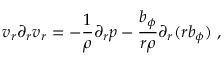
v _ { r } \partial _ { r } v _ { r } = - \frac { 1 } { \rho } \partial _ { r } p - \frac { b _ { \phi } } { r \rho } \partial _ { r } ( r b _ { \phi } ) \ ,